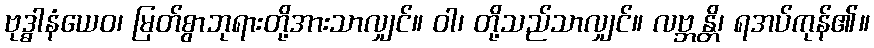
ဗုဒ္ဓါနံယေဝ၊ မြတ်စွာဘုရားတို့အားသာလျှင်။ ဝါ၊ တို့သည်သာလျှင်။ လဗ္ဘန္တိ၊ ရအပ်ကုန်၏။